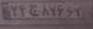
۲۴ج۸۷۶۶۷